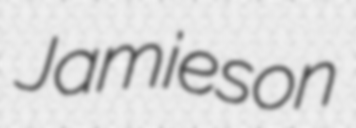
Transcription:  Jamieson